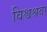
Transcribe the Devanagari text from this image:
विश्वश्रवा